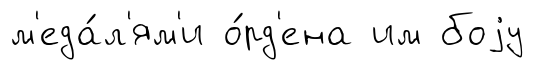
м'еда́л'ям'и о́рд'ена им боjу